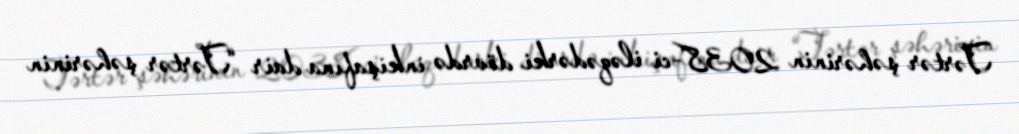
Tərtər şəhərinin 2038-ci iləqədərki dövrdə inkişafına dair “Tərtər şəhərinin